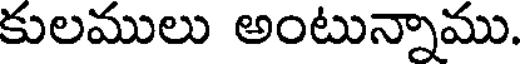
కులములు అంటున్నాము.